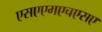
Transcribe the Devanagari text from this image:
एसएएमएचएसए